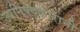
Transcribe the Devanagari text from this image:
उपनिषद्‌कारांनी